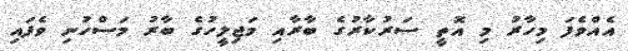
އެއްވެފަ މިހާރު މި އޮތީ ސަރުކާރުގެ ބާރާއި މަޖިލީހުގެ ބާރު މަސްހުނި ވެފައި